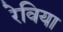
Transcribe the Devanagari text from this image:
रेविया